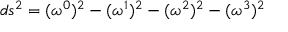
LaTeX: d s ^ { 2 } = ( { \omega } ^ { 0 } ) ^ { 2 } - ( { \omega } ^ { 1 } ) ^ { 2 } - ( { \omega } ^ { 2 } ) ^ { 2 } - ( { \omega } ^ { 3 } ) ^ { 2 }